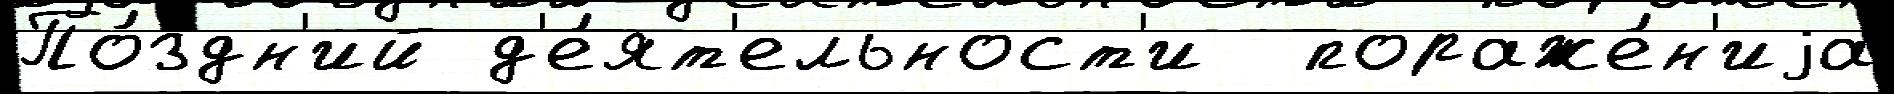
По́здн'ий д'е́ят'ельност'и  пораже́н'иjа